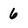
Character: 6